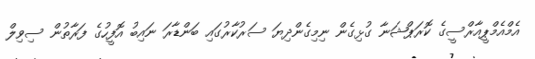
އެމްއެމްޕީއާރްސީގެ ކޮރަޕްޝަނާ ގުޅިގެން ނިމިގެންދިޔަ ސަރުކާރުގައި ބަންޑާރަ ނައިބު އޮފީހުގެ ފަރާތުން ސިވިލް